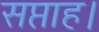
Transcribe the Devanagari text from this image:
सप्ताह।